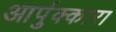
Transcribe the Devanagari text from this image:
आर्पुक्कारा